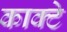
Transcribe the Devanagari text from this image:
काक्टे